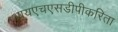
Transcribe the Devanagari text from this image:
आयएचएसडीपीकरिता